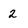
Character: 2